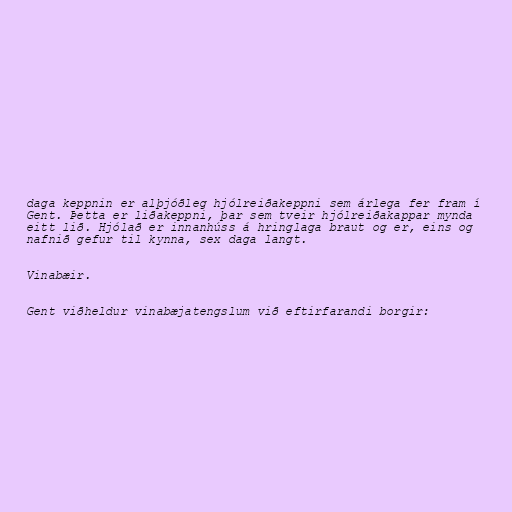
daga keppnin er alþjóðleg hjólreiðakeppni sem árlega fer fram í
Gent. Þetta er liðakeppni, þar sem tveir hjólreiðakappar mynda
eitt lið. Hjólað er innanhúss á hringlaga braut og er, eins og
nafnið gefur til kynna, sex daga langt.

Vinabæir.

Gent viðheldur vinabæjatengslum við eftirfarandi borgir: